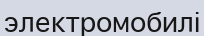
электромобилі